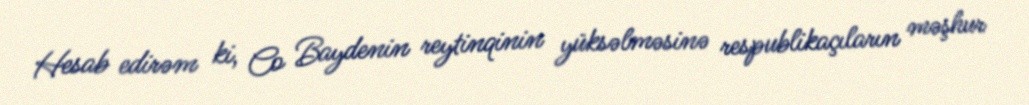
Hesab edirəm ki, Co Baydenin reytinqinin yüksəlməsinə respublikaçıların məşhur